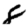
Digit: 8